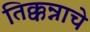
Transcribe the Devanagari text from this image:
तिक्कन्नाचे